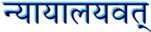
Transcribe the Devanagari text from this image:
न्यायालयवत्